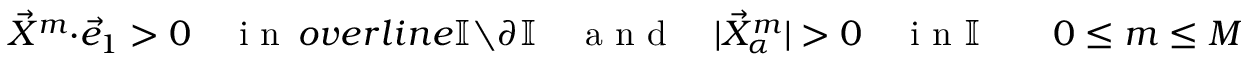
\vec { X } ^ { m } \cdot \vec { e } _ { 1 } > 0 \quad \mathrm { ~ i ~ n ~ } \, o v e r l i n e { \mathbb { I } } \setminus \partial \mathbb { I } \quad \mathrm { ~ a ~ n ~ d ~ } \quad | \vec { X } _ { \alpha } ^ { m } | > 0 \quad \mathrm { ~ i ~ n ~ } \mathbb { I } \qquad 0 \leq m \leq M ,